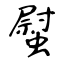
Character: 螱